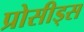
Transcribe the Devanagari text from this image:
प्रोसीड्स